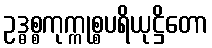
ဥဒ္ဓစ္စကုက္ကုစ္စပရိယုဋ္ဌိတော